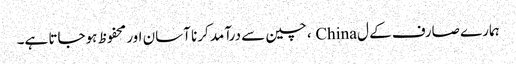
ہمارے صارف کے ل China ، چین سے درآمد کرنا آسان اور محفوظ ہوجاتا ہے۔